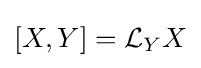
[X,Y]={\mathcal {L}}_{Y}X